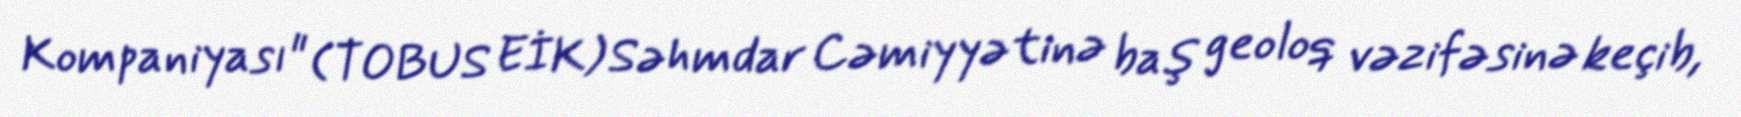
Kompaniyası" (TOBUS EİK) Səhmdar Cəmiyyətinə baş geoloq vəzifəsinə keçib,